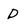
Character: D